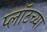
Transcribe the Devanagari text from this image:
प्लॉटच्या